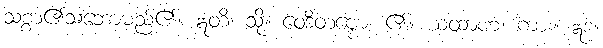
သစ္စာ၏သဘောမည်၏။ ဣတိ၊ သို့။ ဝေဒိတဗ္ဗော၊ ၏။ ယထာဟ၊ ကား။ ဣဒံ။